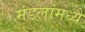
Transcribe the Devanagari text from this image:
मंडलांमध्ये